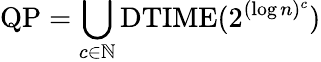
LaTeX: {\mathrm{QP}}=\bigcup_{c\in\mathbb{N}}{\mathrm{DTIME}}(2^{(\log n)^{c}})